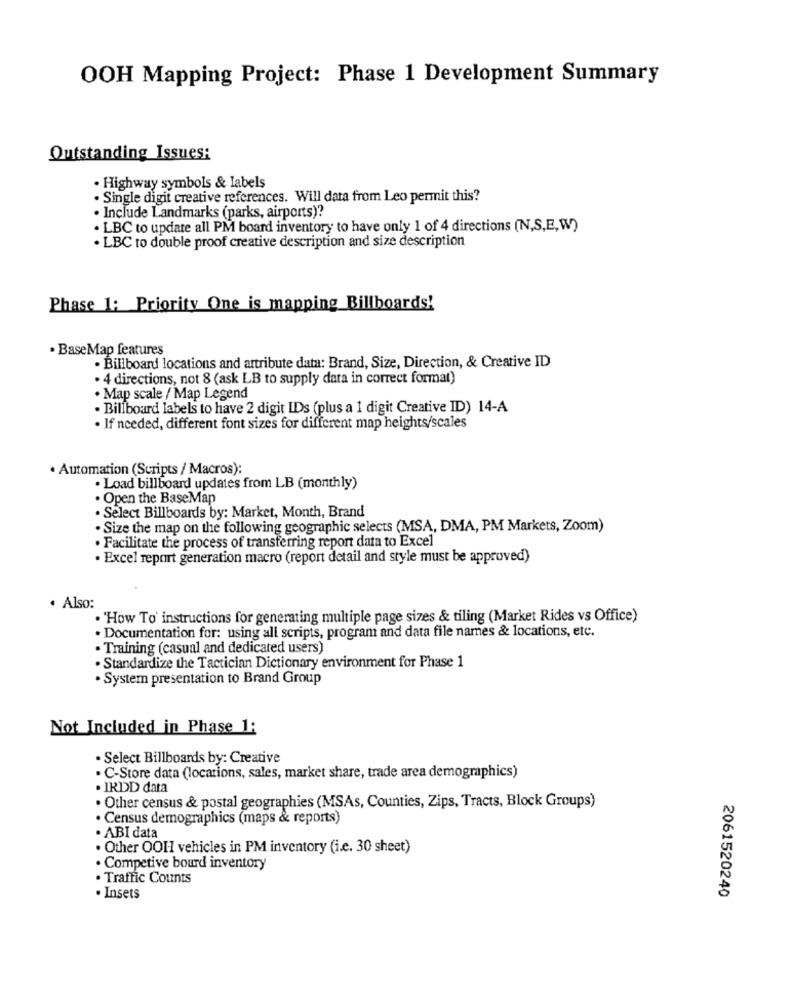
OOH Mapping Project: Phase 1 Development Summary
Outstanding Issues:
· Highway symbols & labels
· Single digit creative references. Will data from Leo permit this?
. Include Landmarks (parks, airports)?
· LBC to update all PM board inventory to have only 1 of 4 directions (N,S,E,W)
· LBC to double proof creative description and size description
Phase 1: Priority One is mapping Billboards!
· BaseMap features
. Billboard locations and attribute data: Brand, Size, Direction, & Creative ID
· 4 directions, not 8 (ask LB to supply data in correct format)
. Map scale / Map Legend
. Billboard labels to have 2 digit IDs (plus a 1 digit Creative ID) 14-A
· If needed, different font sizes for different map heights/scales
· Automation (Scripts / Macros):
·Load billboard updates from LB (monthly)
. Open the BaseMap
. Select Billboards by: Market, Month, Brand
. Size the map on the following geographic selects (MSA, DMA, PM Markets, Zoom)
. Facilitate the process of transferring report data to Excel
· Excel report generation macro (report detail and style must be approved)
. Also:
· 'How To' instructions for generating multiple page sizes & tiling (Market Rides vs Office)
. Documentation for: using all scripts, program and data file names & locations, etc.
· Training (casual and dedicated users)
. Standardize the Tactician Dictionary environment for Phase 1
· System presentation to Brand Group
Not Included in Phase 1:
· Select Billboards by: Creative
. C-Store data (locations, sales, market share, trade area demographics)
. IRDD data
. Other census & postal geographies (MSAs, Counties, Zips, Tracts, Block Groups)
. Census demographics (maps & reports)
. ABI data
. Other OOH vehicles in PM inventory (i.e. 30 sheet)
. Competive bourd inventory
. Traffic Counts
2061520240
. Insets